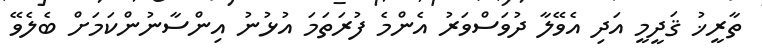
ތާރީޚު ޤަދީމީ އަދި އެވޭލާ ދުވަސްވަރު އެންމެ ފުރަތަމަ އުޅުނު އިންސާނުންކަމަށް ބެލެވޭ